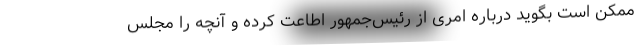
ممکن است بگوید درباره امری از رئیس‌جمهور اطاعت کرده و آنچه را مجلس